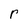
Character: r